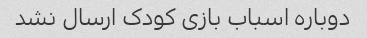
دوباره اسباب بازی کودک ارسال نشد